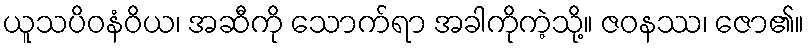
ယူသပိဝနံဝိယ၊ အဆီကို သောက်ရာ အခါကိုကဲ့သို့။ ဇဝနဿ၊ ဇော၏။